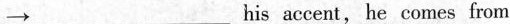
\rightarrow ___ ___ his accent，he comes from